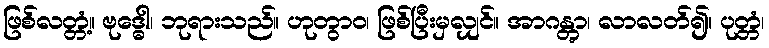
ဖြစ်လတ္တံ့။ ဗုဒ္ဓေါ၊ ဘုရားသည်။ ဟုတွာဝ၊ ဖြစ်ပြီးမှလျှင်။ အာဂန္တွာ၊ လာလတ်၍။ ပုတ္တံ၊